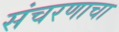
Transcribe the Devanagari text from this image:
संचरणाचा